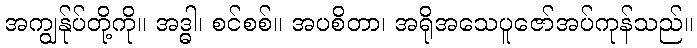
အကျွန်ုပ်တို့ကို။ အဒ္ဓါ၊ စင်စစ်။ အပစိတာ၊ အရိုအသေပူဇော်အပ်ကုန်သည်။